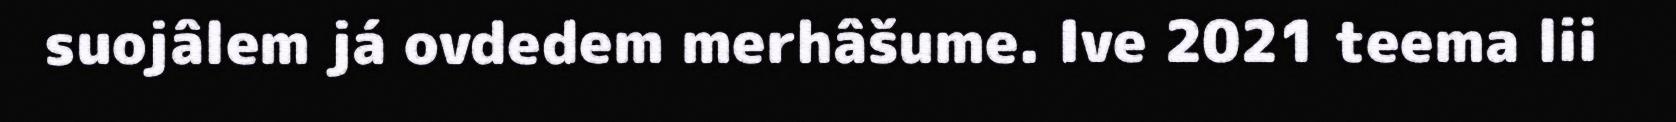
suojâlem já ovdedem merhâšume. Ive 2021 teema lii